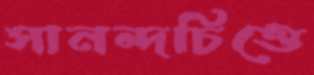
সানন্দচিত্তে